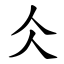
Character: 仌